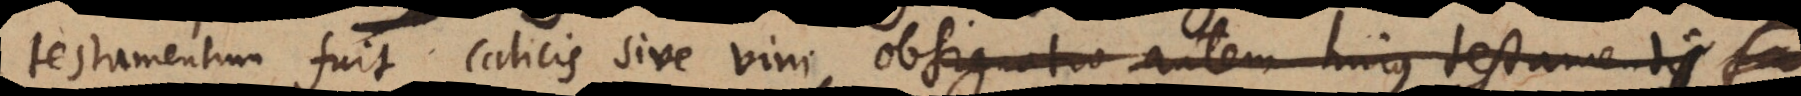
testamentum fuit calicis sive vini, obsignatio autem hujus testamenti sa